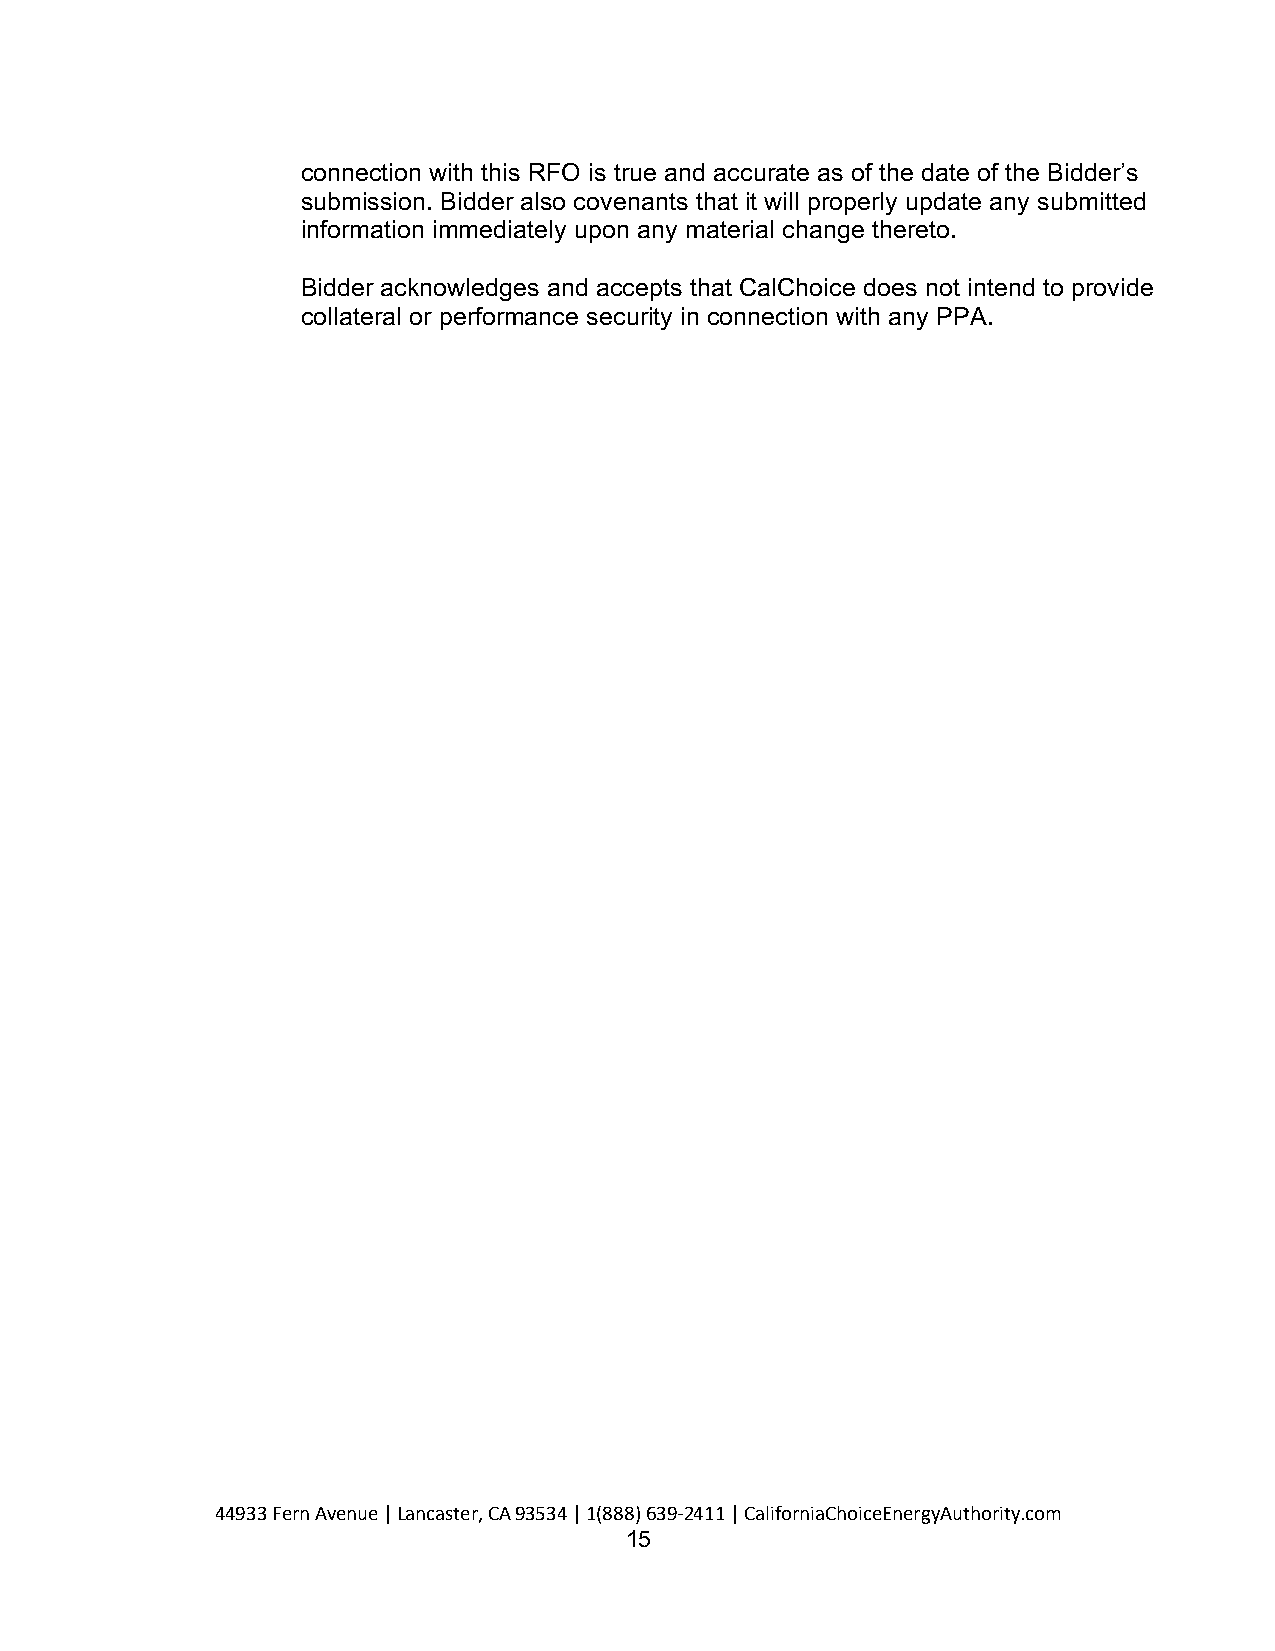
connection with this RFO is true and accurate as of the date of the Bidder’s
 submission. Bidder also covenants that it will properly update any submitted
 information immediately upon any material change thereto.
 Bidder acknowledges and accepts that CalChoice does not intend to provide
 collateral or performance security in connection with any PPA.
 44933 Fern Avenue | Lancaster, CA 93534 | 1(888) 639-2411 | CaliforniaChoiceEnergyAuthority.com
 15